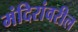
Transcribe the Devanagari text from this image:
मंदिरांवरील